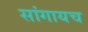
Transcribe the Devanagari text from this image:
सांगायच